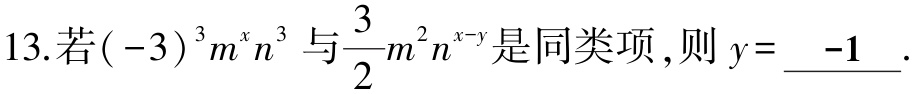
13.若\(( - 3)^{3}m^{x}n^{3}\)与\(\dfrac{3}{2}m^{2}n^{x - y}\)是同类项,则\(y=\underline{ - 1}\).